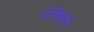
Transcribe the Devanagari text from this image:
पंथियांनी